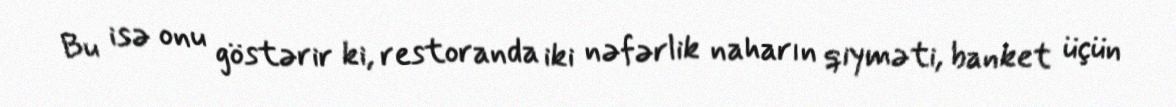
Bu isə onu göstərir ki, restoranda iki nəfərlik naharın qiyməti, banket üçün